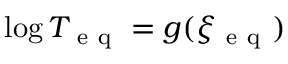
\log T _ { \mathrm { ~ e ~ q ~ } } = g ( \xi _ { \mathrm { ~ e ~ q ~ } } )